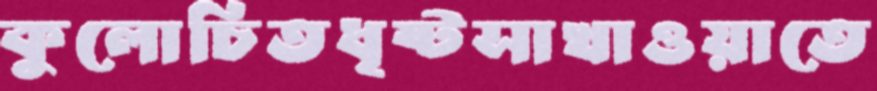
কুলোচিতধৃষ্টসাখাওয়াতে